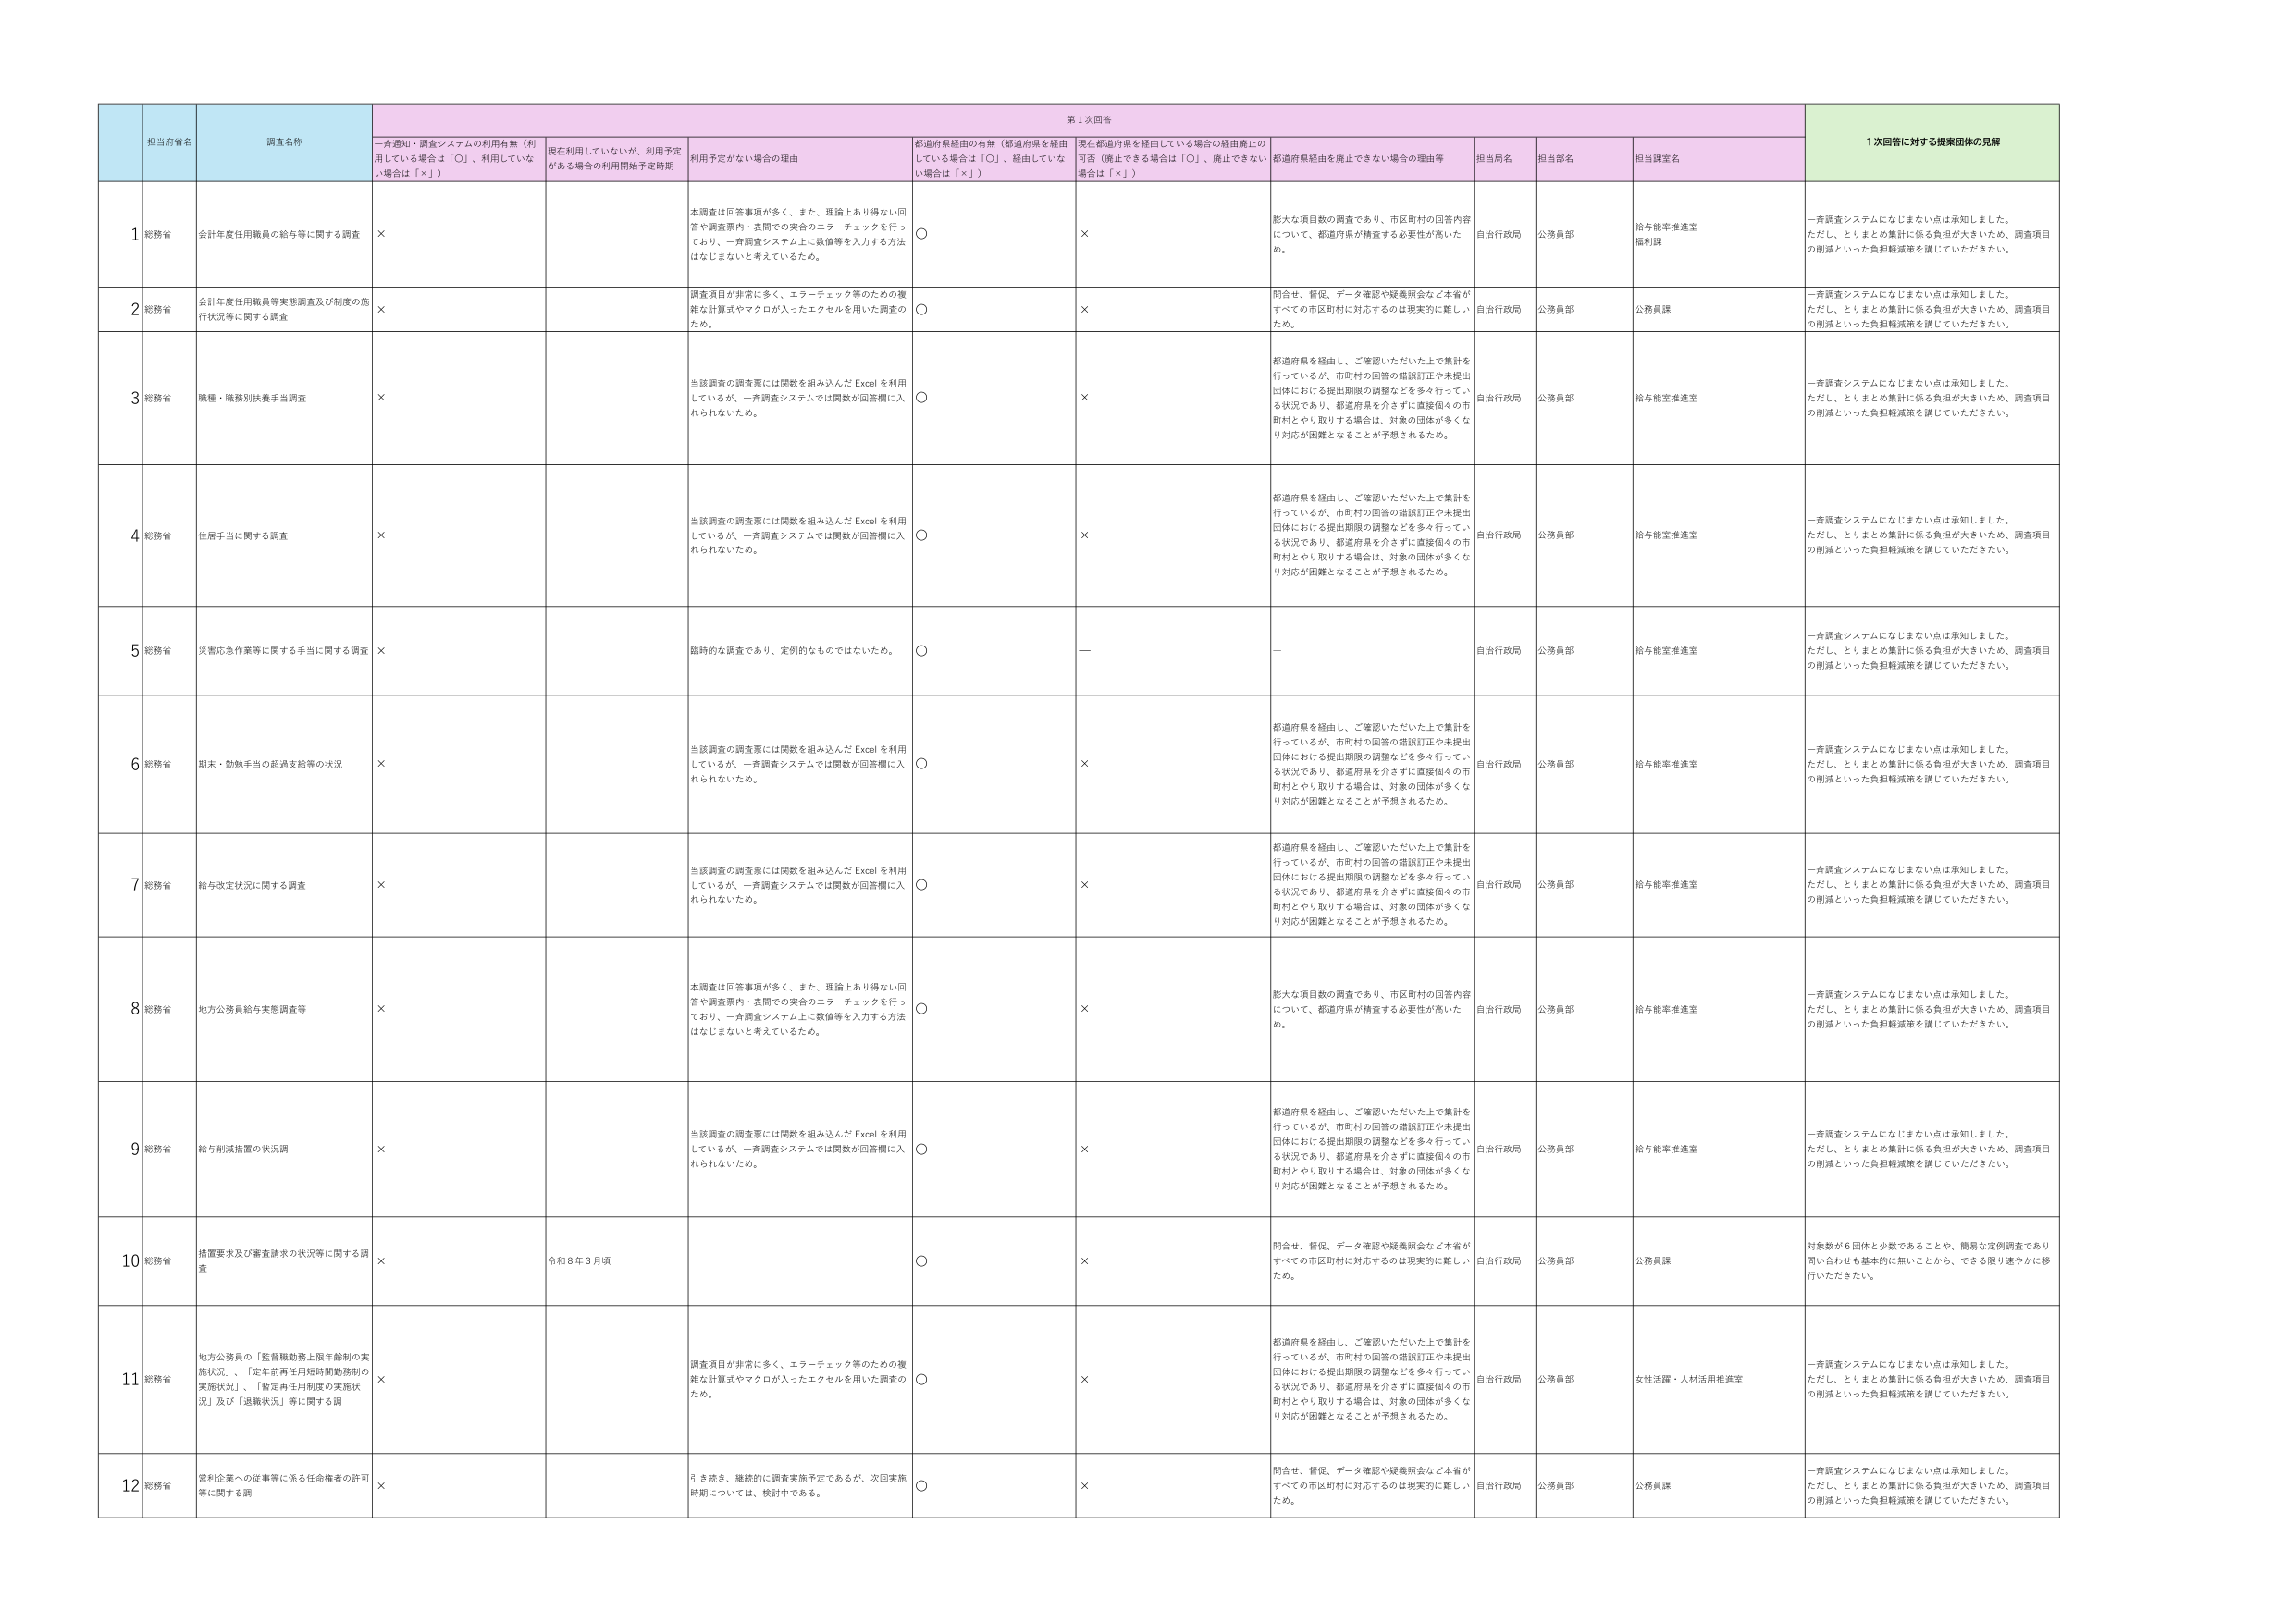
担当府省名 調査名称 一斉通知・調査システムの利用有無（利用している場合は「○」、利用していない場合は「×」） 現在利用していないが、利用予定がある場合の利用開始予定時期 利用予定がない場合の理由 都道府県経由の有無（都道府県を経由している場合は「○」、経由していない場合は「×」） 現在都道府県を経由している場合の経由廃止の可否（廃止できる場合は「○」、廃止できない場合は「×」） 都道府県経由を廃止できない場合の理由等 担当局名 担当部名 担当課室名 1次回答に対する提案団体の見解 1 総務省 会計年度任用職員の給与等に関する調査 × 本調査は回答事項が多く、また、理論上有り得ない回答や調査票内・表間での突合のエラーチェックを行っており、一斉調査システム上に数値等を入力する方法はなじまないと考えているため。 ○ × 膨大な項目数の調査であり、市区町村の回答内容について、都道府県が精査する必要性が高いため。 自治行政局 公務員部 給与能率推進室 福利課 一斉調査システムになじまない点は承知しました。ただし、とりまとめ集計に係る負担が大きいため、調査項目の削減といった負担軽減策を講じていただきたい。 2 総務省 会計年度任用職員等実態調査及び制度の施行状況等に関する調査 × 調査項目が非常に多く、エラーチェック等のための複雑な計算式やマクロが入ったエクセルを用いた調査のため。 ○ × 問合せ、督促、データ確認や疑義照会など本省がすべての市区町村に対応するのは現実的に難しいため。 自治行政局 公務員部 公務員課 一斉調査システムになじまない点は承知しました。ただし、とりまとめ集計に係る負担が大きいため、調査項目の削減といった負担軽減策を講じていただきたい。 3 総務省 職種・職務別扶養手当調査 × 当該調査の調査票には関数を組み込んだExcelを利用しているが、一斉調査システムでは関数が回答欄に入れられないため。 ○ × 都道府県を経由し、ご確認いただいた上で集計を行っているが、市町村の回答の錯誤訂正や未提出団体における提出期限の調整などを多々行っている状況であり、都道府県を介さずに直接個々の市町村とやり取りする場合は、対象の団体が多くなり対応が困難となることが予想されるため。 自治行政局 公務員部 給与能率推進室 一斉調査システムになじまない点は承知しました。ただし、とりまとめ集計に係る負担が大きいため、調査項目の削減といった負担軽減策を講じていただきたい。 4 総務省 住居手当に関する調査 × 当該調査の調査票には関数を組み込んだExcelを利用しているが、一斉調査システムでは関数が回答欄に入れられないため。 ○ × 都道府県を経由し、ご確認いただいた上で集計を行っているが、市町村の回答の錯誤訂正や未提出団体における提出期限の調整などを多々行っている状況であり、都道府県を介さずに直接個々の市町村とやり取りする場合は、対象の団体が多くなり対応が困難となることが予想されるため。 自治行政局 公務員部 給与能率推進室 一斉調査システムになじまない点は承知しました。ただし、とりまとめ集計に係る負担が大きいため、調査項目の削減といった負担軽減策を講じていただきたい。 5 総務省 災害応急作業等に関する手当に関する調査 × 臨時的な調査であり、定例的なものではないため。 ○ — — 自治行政局 公務員部 給与能率推進室 一斉調査システムになじまない点は承知しました。ただし、とりまとめ集計に係る負担が大きいため、調査項目の削減といった負担軽減策を講じていただきたい。 6 総務省 期末・勤勉手当の超過支給等の状況 × 当該調査の調査票には関数を組み込んだExcelを利用しているが、一斉調査システムでは関数が回答欄に入れられないため。 ○ × 都道府県を経由し、ご確認いただいた上で集計を行っているが、市町村の回答の錯誤訂正や未提出団体における提出期限の調整などを多々行っている状況であり、都道府県を介さずに直接個々の市町村とやり取りする場合は、対象の団体が多くなり対応が困難となることが予想されるため。 自治行政局 公務員部 給与能率推進室 一斉調査システムになじまない点は承知しました。ただし、とりまとめ集計に係る負担が大きいため、調査項目の削減といった負担軽減策を講じていただきたい。 7 総務省 給与改定状況に関する調査 × 当該調査の調査票には関数を組み込んだExcelを利用しているが、一斉調査システムでは関数が回答欄に入れられないため。 ○ × 都道府県を経由し、ご確認いただいた上で集計を行っているが、市町村の回答の錯誤訂正や未提出団体における提出期限の調整などを多々行っている状況であり、都道府県を介さずに直接個々の市町村とやり取りする場合は、対象の団体が多くなり対応が困難となることが予想されるため。 自治行政局 公務員部 給与能率推進室 一斉調査システムになじまない点は承知しました。ただし、とりまとめ集計に係る負担が大きいため、調査項目の削減といった負担軽減策を講じていただきたい。 8 総務省 地方公務員給与実態調査等 × 本調査は回答事項が多く、また、理論上有り得ない回答や調査票内・表間での突合のエラーチェックを行っており、一斉調査システム上に数値等を入力する方法はなじまないと考えているため。 ○ × 膨大な項目数の調査であり、市区町村の回答内容について、都道府県が精査する必要性が高いため。 自治行政局 公務員部 給与能率推進室 一斉調査システムになじまない点は承知しました。ただし、とりまとめ集計に係る負担が大きいため、調査項目の削減といった負担軽減策を講じていただきたい。 9 総務省 給与削減措置の状況調 × 当該調査の調査票には関数を組み込んだExcelを利用しているが、一斉調査システムでは関数が回答欄に入れられないため。 ○ × 都道府県を経由し、ご確認いただいた上で集計を行っているが、市町村の回答の錯誤訂正や未提出団体における提出期限の調整などを多々行っている状況であり、都道府県を介さずに直接個々の市町村とやり取りする場合は、対象の団体が多くなり対応が困難となることが予想されるため。 自治行政局 公務員部 給与能率推進室 一斉調査システムになじまない点は承知しました。ただし、とりまとめ集計に係る負担が大きいため、調査項目の削減といった負担軽減策を講じていただきたい。 10 総務省 措置要求及び審査請求の状況等に関する調査 × 令和8年3月頃 ○ × 問合せ、督促、データ確認や疑義照会など本省がすべての市区町村に対応するのは現実的に難しいため。 自治行政局 公務員部 公務員課 対象数が6団体と少数であることや、簡易な定例調査であり問い合わせも基本的に無いことから、できる限り速やかに移行いただきたい。 11 総務省 地方公務員の「監督職勤務上限年齢制の実施状況」、「定年前再任用短時間勤務制の実施状況」、「暫定再任用制度の実施状況」及び「退職状況」等に関する調 × 調査項目が非常に多く、エラーチェック等のための複雑な計算式やマクロが入ったエクセルを用いた調査のため。 ○ × 都道府県を経由し、ご確認いただいた上で集計を行っているが、市町村の回答の錯誤訂正や未提出団体における提出期限の調整などを多々行っている状況であり、都道府県を介さずに直接個々の市町村とやり取りする場合は、対象の団体が多くなり対応が困難となることが予想されるため。 自治行政局 公務員部 女性活躍・人材活用推進室 一斉調査システムになじまない点は承知しました。ただし、とりまとめ集計に係る負担が大きいため、調査項目の削減といった負担軽減策を講じていただきたい。 12 総務省 営利企業への従事等に係る任命権者の許可等に関する調 × 引き続き、継続的に調査実施予定であるが、次回実施時期については、検討中である。 ○ × 問合せ、督促、データ確認や疑義照会など本省がすべての市区町村に対応するのは現実的に難しいため。 自治行政局 公務員部 公務員課 一斉調査システムになじまない点は承知しました。ただし、とりまとめ集計に係る負担が大きいため、調査項目の削減といった負担軽減策を講じていただきたい。